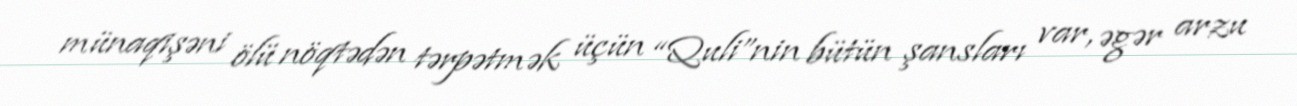
münaqişəni ölü nöqtədən tərpətmək üçün “Quli”nin bütün şansları var, əgər arzu